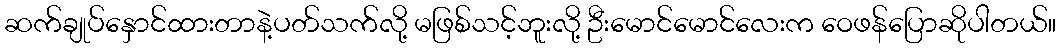
ဆက်ချုပ်နှောင်ထားတာနဲ့ပတ်သက်လို့ မဖြစ်သင့်ဘူးလို့ ဦးမောင်မောင်လေးက ဝေဖန်ပြောဆိုပါတယ်။